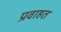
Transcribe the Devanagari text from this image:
प्रवाहत